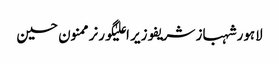
لاہورشہباز شریفوزیر اعلیٰگورنرممنون حسین